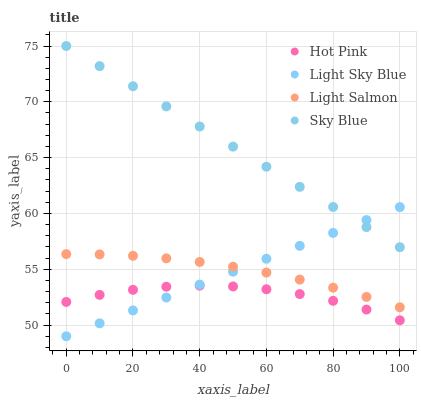
| xaxis_label | Hot Pink | Light Sky Blue | Light Salmon | Sky Blue |
 | --- | --- | --- | --- | --- |
 | 0 | 52.1 | 49 | 56.4 | 75 |
 | 10 | 52.7 | 50.2 | 56.3 | 73.2 |
 | 20 | 53.2 | 51.3 | 56.2 | 71.4 |
 | 30 | 53.4 | 52.5 | 56 | 69.6 |
 | 40 | 53.5 | 53.6 | 55.7 | 67.8 |
 | 50 | 53.5 | 54.8 | 55.2 | 66 |
 | 60 | 53.2 | 55.9 | 54.7 | 64.2 |
 | 70 | 52.8 | 57.1 | 54.1 | 62.4 |
 | 80 | 52.2 | 58.3 | 53.3 | 60.6 |
 | 90 | 51.4 | 59.4 | 52.5 | 58.8 |
 | 100 | 50.4 | 60.6 | 51.6 | 57 |